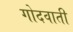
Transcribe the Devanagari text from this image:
गोदवाती